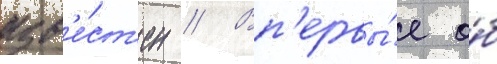
изв'е́ст'ен // Вп'ервы́е о́б